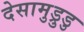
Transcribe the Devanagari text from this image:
देसामुड्रुडु